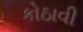
કોઠાવી